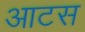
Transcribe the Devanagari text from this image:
आटस